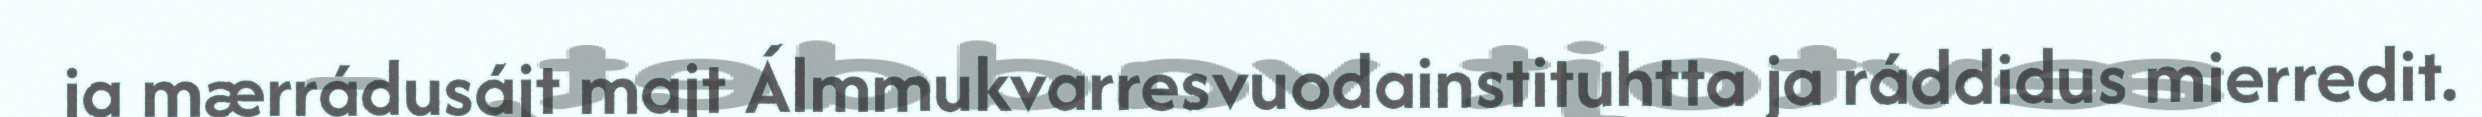
ja mærrádusájt majt Álmmukvarresvuodainstituhtta ja ráddidus mierredit.